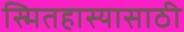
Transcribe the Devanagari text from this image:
स्मितहास्यासाठी